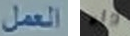
العمل داء